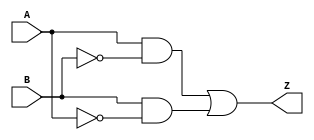
/****************************************************************************************************/
// Title      : Xor 1bit Verilog File
/****************************************************************************************************/ 
// Date of last revision : March-2012
// Notes                 : 
//
/****************************************************************************************************/  

module Xor(Z,A,B);

  input  A, B;
  output Z;
  
  
  not  xor_not0 (A_neg,  A);
  not  xor_not1 (B_neg,  B);
  and  xor_and0 (S0, A,  B_neg);
  and  xor_and1 (S1, B,  A_neg);
  or   xor_or0  (Z , S0, S1);
  
  
endmodule